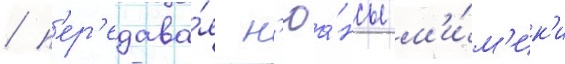
/ п'ер'едава́я н'юа́нсы м'и́м'ик'и